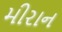
મીરાન